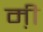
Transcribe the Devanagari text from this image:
म़ी